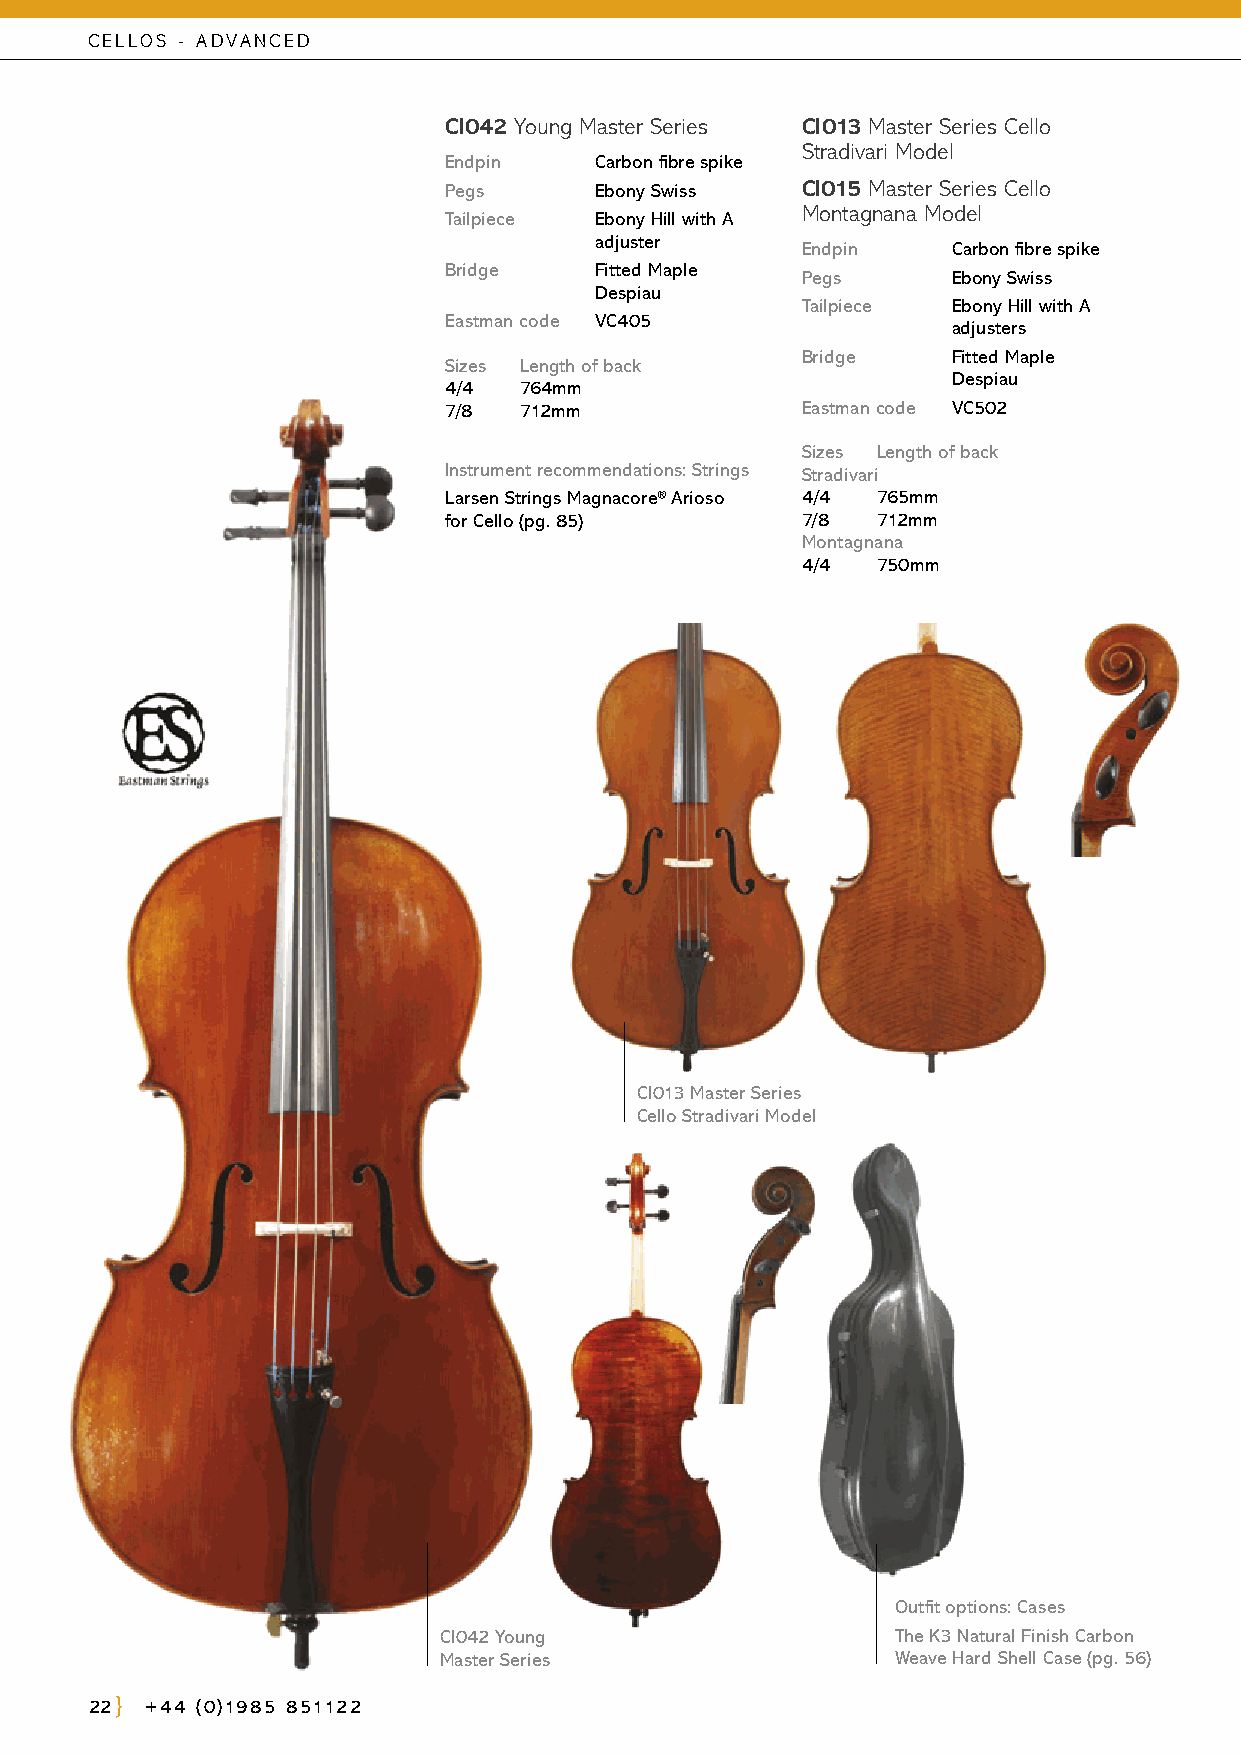
CELLOS - ADVANCED
 CI042 Young Master Series CI013 Master Series Cello
 Stradivari Model
 Endpin    C arbon fibre spike
 Pegs      Ebony Swiss   CI015 Master Series Cello
 Montagnana Model
 Tailpiece E bony Hill with A
 adjuster
 Endpin    C arbon fibre spike
 Bridge    Fitted Maple
 Pegs      Ebony Swiss
 Despiau
 Tailpiece E bony Hill with A
 Eastman code VC405
 adjusters
 Bridge    Fitted Maple
 Sizes Length of back
 Despiau
 4/4  764mm
 7/8  712mm              Eastman code VC502
 Sizes Length of back
 Instrument recommendations: Strings Stradivari
 Larsen Strings Magnacore® Arioso 4/4 765mm
 for Cello (pg. 85)      7/8  712mm
 Montagnana
 4/4  750mm
 CI013 Master Series
 Cello Stradivari Model
 Outfit options: Cases
 CI042 Young                   The K3 Natural Finish Carbon
 Master Series                 Weave Hard Shell Case (pg. 56)
 22  +44 (0)1985 851122